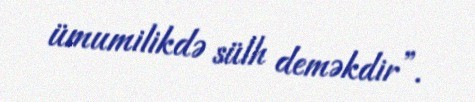
ümumilikdə sülh deməkdir”.